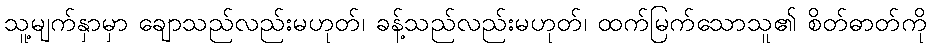
သူ့မျက်နှာမှာ ချောသည်လည်းမဟုတ်၊ ခန့်သည်လည်းမဟုတ်၊ ထက်မြက်သောသူ၏ စိတ်ဓာတ်ကို